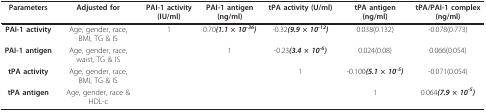
| Parameters | Adjusted for | PAI-1 activity (IU/ml) | PAI-1 antigen (ng/ml) | tPA activity (U/ml) | tPA antigen (ng/ml) | tPA/PAI-1 complex (ng/ml) |
 | --- | --- | --- | --- | --- | --- | --- |
 | PAI-1 activity | Age, gender, race, BMI, TG & IS | 1 | 0.70(1.1 × 10-36) | -0.32(9.9 × 10-12) | 0.038(0.132) | -0.078(0.773) |
 | PAI-1 antigen | Age, gender, race, waist, TG & IS |  | 1 | -0.23(3.4 × 10-6) | 0.024(0.08) | 0.066(0.054) |
 | tPA activity | Age, gender, race, BMI, TG & IS |  |  | 1 | -0.100(5.1 × 10-5) | -0.071(0.054) |
 | tPA antigen | Age, gender, race & HDL-c |  |  |  | 1 | 0.064(7.9 × 10-5) |